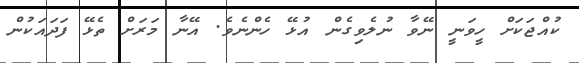
ކުއްޖަކަށް ހީވަނީ ނޭވާ ނުލެވިގެން އުޅޭ ހެންނެވެ. އޭނާ މަރަށް ތެޅޭ ފަދައަކުން